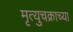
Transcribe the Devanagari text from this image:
मृत्युचक्राच्या